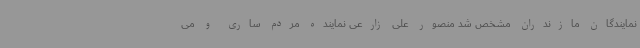
نمایندگان مازندران مشخص شد منصور علی زارعی نماینده مردم ساری و می